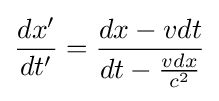
{\frac {dx'}{dt'}}={\frac {dx-vdt}{dt-{\frac {vdx}{c^{2}}}}}